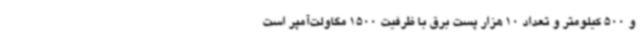
و 500 کیلومتر و تعداد 10 هزار پست برق با ظرفیت 1500 مگاولت‌آمپر است